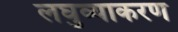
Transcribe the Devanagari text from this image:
लघुव्याकरण